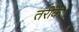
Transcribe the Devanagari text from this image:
तरीके।